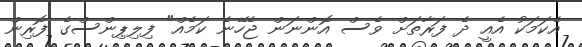
އެކަމަކު އެއީ ދެ ފަރާތަށް ވެސް އޮންނަން ޖެހޭނެ ކަމެއް" ފިލިޕިންސްގެ ފޮރިން